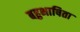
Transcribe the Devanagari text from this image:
बहुभाषिता